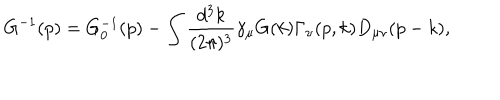
LaTeX: G ^ { - 1 } ( p ) = G _ { 0 } ^ { - 1 } ( p ) - \int \frac { d ^ { 3 } k } { ( 2 \pi ) ^ { 3 } } \gamma _ { \mu } G ( k ) \Gamma _ { \nu } ( p , k ) D _ { \mu \nu } ( p - k ) ,